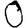
Digit: 0